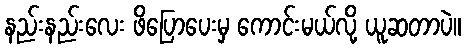
နည်းနည်းလေး ဖိပြောပေးမှ ကောင်းမယ်လို့ ယူဆတာပဲ။